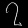
Digit: ၇